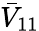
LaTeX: \bar{V}_{11}